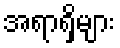
အရာရှိများ